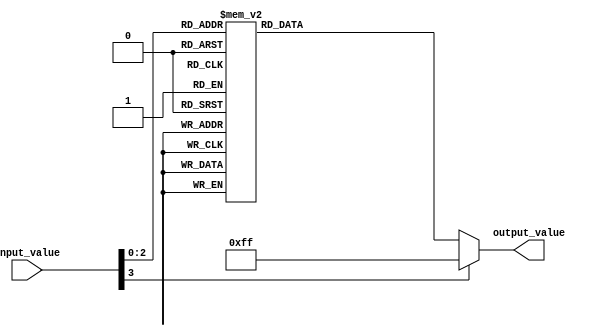
module full_case_statement (
    input wire [3:0] input_value,
    output reg [7:0] output_value
);

always @*
begin
    case (input_value)
        4'b0000: output_value = 8'b00000000;
        4'b0001: output_value = 8'b00000001;
        4'b0010: output_value = 8'b00000010;
        4'b0011: output_value = 8'b00000011;
        4'b0100: output_value = 8'b00000100;
        4'b0101: output_value = 8'b00000101;
        4'b0110: output_value = 8'b00000110;
        4'b0111: output_value = 8'b00000111;
        default: output_value = 8'b11111111;
    endcase
end

endmodule